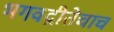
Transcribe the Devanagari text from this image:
भगवद्गीतेचाच